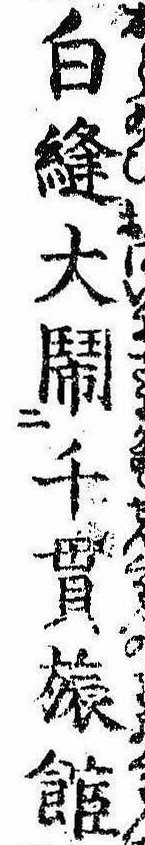
白縫大閙千貫旅館